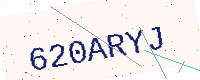
Text: 620ARYJ